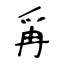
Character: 爯